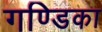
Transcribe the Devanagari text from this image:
गण्डिका